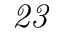
{ \it 2 3 }